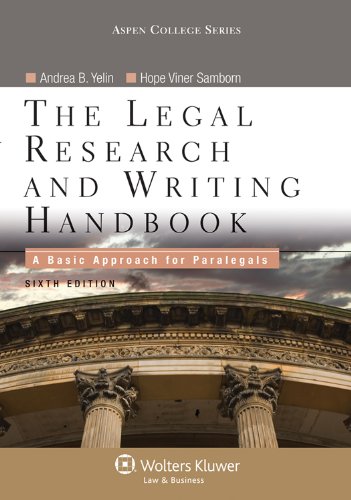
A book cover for The Legal Research and Writing Handbook: A Basic Approach for Paralegals, Sixth Edition (Apen College Series); Andrea B. Yelin; Law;